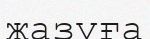
жазуға